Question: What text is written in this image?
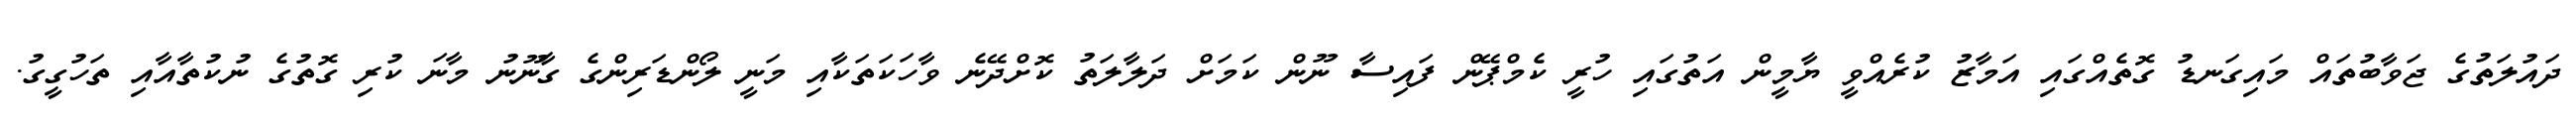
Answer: ދައުލަތުގެ ޖަވާބުތައް މައިގަނޑު ގޮތެއްގައި އަމާޒު ކުރެއްވީ ޔާމީން އަތުގައި ހުރީ ކެމްޕޭން ފައިސާ ނޫން ކަމަށް ދަލާލަތު ކޮށްދޭނެ ވާހަކަތަކާއި މަނީ ލޯންޑަރިންގެ ގާނޫނު މާނަ ކުރި ގޮތުގެ ނުކުތާއާއި ތަހުގީގު.